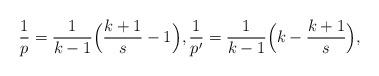
LaTeX: \begin{align*}\frac{1}{p} = \frac{1}{k-1} \Big( \frac{k+1}{s} - 1 \Big),\frac{1}{p'} = \frac{1}{k-1} \Big( k - \frac{k+1}{s} \Big),\end{align*}